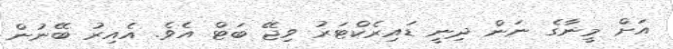
އަށް މީނާގެ ނަން ދިނީ ޑައިރެކްޓަރު ވިޖޭ ބަޓް އެވެ. އެއިރު ބޭނުން